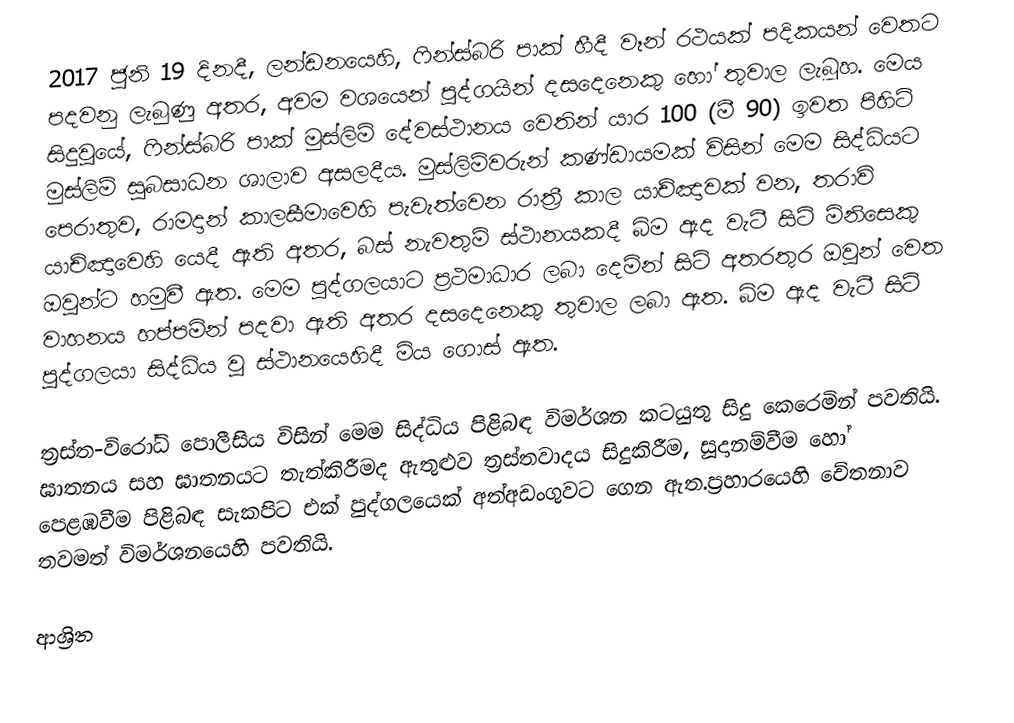
2017 ජූනි 19 දිනදී, ලන්ඩනයෙහි, ෆින්ස්බරි පාක්  හීදී වෑන් රථයක් පදිකයන් වෙතට පදවනු ලැබුණු අතර, අවම වශයෙන් පුද්ගයින් දසදෙනෙකු හෝ තුවාල ලැබූහ. මෙය සිදුවූයේ, ෆින්ස්බරි පාක් මුස්ලිම් දේවස්ථානය වෙතින් යාර 100 (මී 90) ඉවත පිහිටි මුස්ලිම් සුබසාධන ශාලාව අසලදීය. මුස්ලිම්වරුන් කණ්ඩායමක් විසින් මෙම සිද්ධියට පෙරාතුව,  රාමදාන් කාලසීමාවෙහි පැවැත්වෙන රාත්‍රී කාල යාච්ඤාවක් වන, තරාවි යාච්ඤාවෙහි යෙදී ඇති අතර, බස් නැවතුම් ස්ථානයකදී බිම ඇද වැටී සිටි මිනිසෙකු ඔවුන්ට හමුවී ඇත. මෙම පුද්ගලයාට ප්‍රථමාධාර ලබා දෙමින් සිටි අතරතුර ඔවුන් වෙත වාහනය හප්පමින් පදවා ඇති අතර දසදෙනෙකු තුවාල ලබා ඇත. බිම ඇද වැටී සිටි පුද්ගලයා සිද්ධිය වූ ස්ථානයෙහිදී  මිය ගොස් ඇත.

ත්‍රස්ත-විරෝධි පොලීසිය විසින් මෙම සිද්ධිය පිළිබඳ විමර්ශන කටයුතු සිදු කෙරෙමින් පවතියි. ඝාතනය සහ ඝාතනයට තැත්කිරීමද ඇතුළුව ත්‍රස්තවාදය සිදුකිරීම,  සූදානම්වීම හෝ පෙළඹවීම පිළිබඳ සැකපිට එක් පුද්ගලයෙක් අත්අඩංගුවට ගෙන ඇත.ප්‍රහාරයෙහි චේතනාව තවමත් විමර්ශනයෙහි පවතියි.

ආශ්‍රිත